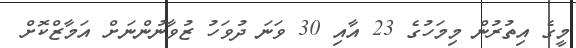
މީގެ އިތުރުން މިމަހުގެ 23 އާއި 30 ވަނަ ދުވަހު ޒުވާނުންނަށް އަމާޒްކޮށް